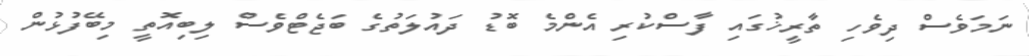
ނަމަވެސް ދިވެހި ތާރީޚުގައި ފާސްކުރި އެންމެ ބޮޑު ދައުލަތުގެ ބަޖެޓްވެސް ލިބިއޮތީ މިބޭފުޅުން